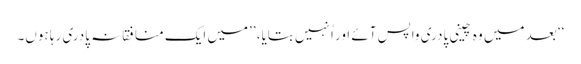
‘‘ بعد میں وہ چینی پادری واپس آئے اور اُنہیں بتایا، ’’میں ایک منافقانہ پادری رہا ہوں۔